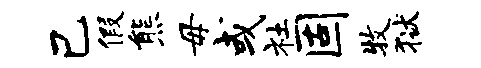
己假熊毋或社固牧狱